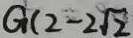
G ( 2 - 2 \sqrt { 2 }